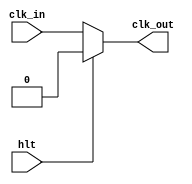
module clock(
	input hlt, // halt signal
	input clk_in,

	output clk_out
);

	assign clk_out = hlt ? 1'b0 : clk_in;

endmodule